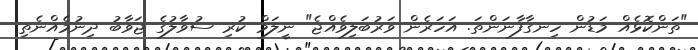
"ތަންކޮޅެއް މަޑުން ހިނގާފާނަންތަ. އަހަރެން ވަރުބަލިވެއްޖެ" ނީލަމް ކުރި ސުވާލުގެ ޖަވާބު ދިނުމެއްނެތި